Annual report on the working of the mental hospitals in the Madras Presidency - 1912-1932
Year: 1912
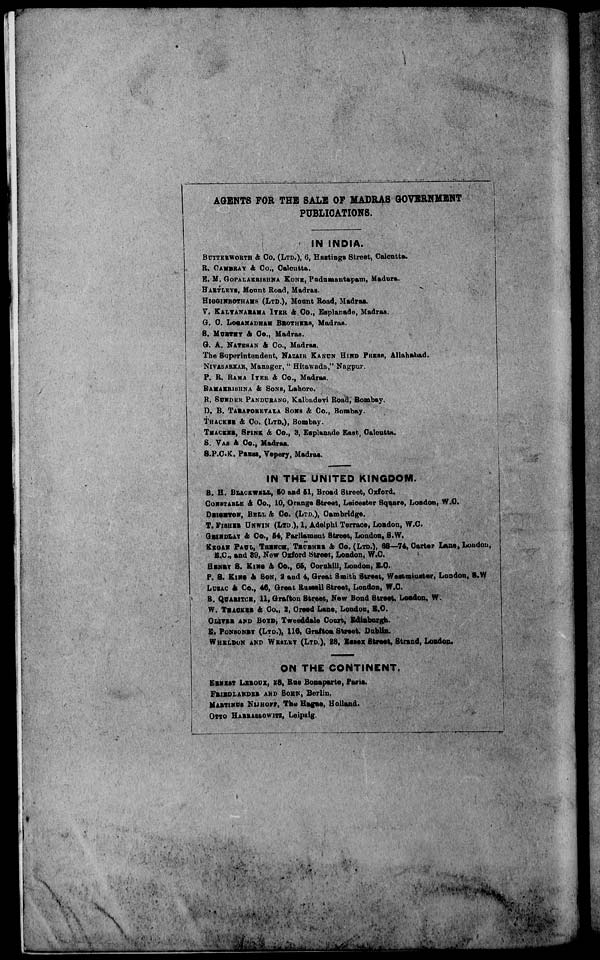
AGENTS FOR THE SALE OF MADRAS GOVERNMENT
PUBLICATIONS.
IN INDIA.
BUTTERWORTH & Co. (LTD.), 6, Hastings Street, Calcutta.
R. CAMBRAY & Co., Calcutta.
E. M. GOPALAKRISHNA KONE, Pudumantapam, Madura.
HAETLEYS, Mount Road, Madras.
HIGGINBOTHAMS (LTD.), Mount Road, Madras.
V. KALYANARAMA IYER & Co., Esplanade, Madras.
G. C. LOGANADHAM BROTHERS, Madras.
S. MURTHY & Co., Madras.
G. A. NATESAN & Co., Madras.
The Superintendent, NAZAIR KANUN HIND PRESS, Allahabad.
NIVASARKAR, Manager, " Hitawada," Nagpur.
P. R. RAMA IYER & Co., Madras.
BAMAKRISHNA & SONS, Lahore.
R. SUNDER PANDURANG, Kalbadevi Road, Bombay.
D. B. TARAPOREVALA SONS & Co., Bombay.
THACKER & Co. (LTD.), Bombay.
THACKER, SPINK & Co., 3, Esplanade East, Calcutta.
S. VAS & Co., Madras.
S.P.C.K. PRESS, Vepery, Madras.
IN THE UNITED KINGDOM.
B. H. BLACKWELL., 50 and 51, Broad Street, Oxford.
CONSTABLE & Co., 10, Orange Street, Leicester Square, London, W.C.
DEIGTON, BELL & Co. (LTD.), Cambridge.
T. FISHER UNWIN (LTD.), 1, Adelphi Terrace, London, W.C.
GRINDLAY & CO., 54, Parliament Street, London, S.W.
KEGAN PAUL, TRENCH, TRURNER & Co. (LTD.), 68—74, Carter Lane, Loudon,
E.C., and 39, New Oxford Street, London, W.C.
HENRY S. KING & Co., 65, Cornhill, London, E.C.
P. S. KINGS & SON 2 and 4, Great Smith Street, Westminster, London, S.W
LUZAC & Co., 46, Great Rusell Street, London, W.C.
B. QUARITCH, 11, Grafton Street, New Bond Street, Loadon, W.
W. THACKER & Co., 2, Creed Lane, London, E.C.
OLIVER AND BOYD, Tweeddale Court, Edinburgh.
E. PONSONBY (LTD.), 116, Grafton Street, Dablin.
WHELDON AND WESLEY (LTD.), 28, Essex Street, Strand, Loadon.
ON THE CONTINENT.
ERNEST LEROUX, 28, Rue Bonaparte, Paris.
FRIEDLANDER AND SOHN, Berlin.
MARTINUS NIJHOFF The Hague, Holland.
OTTO HARRASSOWITZ, Leipzig.